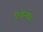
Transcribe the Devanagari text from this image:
टिकेनोर